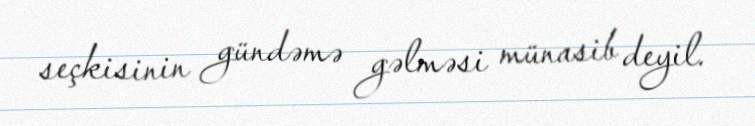
seçkisinin gündəmə gəlməsi münasib deyil.